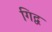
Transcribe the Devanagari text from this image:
गिद्व